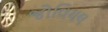
જોવિયલ